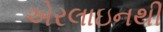
એરલાઇનથી